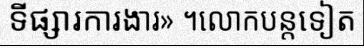
ទីផ្សារការងារ» ។លោកបន្តទៀត